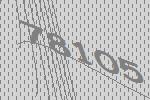
78105